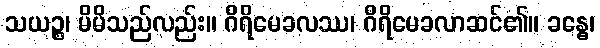
သယဉ္စ၊ မိမိသည်လည်း။ ဂိရိမေခလဿ၊ ဂိရိမေခလာဆင်၏။ ခန္ဓေ၊